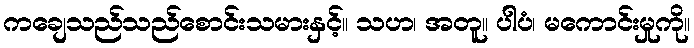
ကချေသည်သည်စောင်းသမားနှင့်။ သဟ၊ အတူ။ ပါပံ၊ မကောင်းမှုကို။